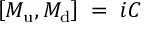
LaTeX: \left[ M _ { \mathrm { u } } , M _ { \mathrm { d } } \right] \; = \; i { \cal C } \;